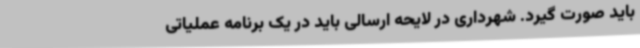
باید صورت گیرد. شهرداری در لایحه ارسالی باید در یک برنامه عملیاتی